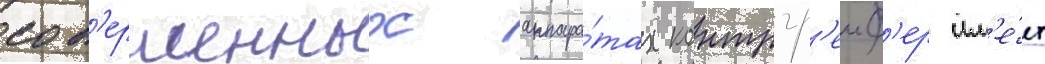
сов'ершенных аппара́тах контргр'еиф'ер им'е́ет